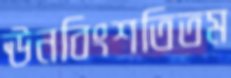
ঊনবিংশতিতম